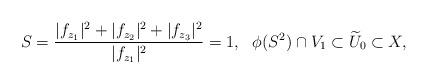
LaTeX: \begin{align*}S=\frac{|f_{z_1}|^2+|f_{z_2}|^2+|f_{z_3}|^2}{|f_{z_1}|^2}=1,~ ~\phi(S^2)\cap V_1\subset \widetilde{U}_0\subset X,\end{align*}